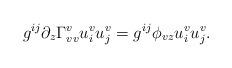
LaTeX: \begin{align*}g^{ij}\partial_z \Gamma_{v v}^v u^v_i u^v_j=g^{ij}\phi_{vz} u^v_i u^v_j.\end{align*}